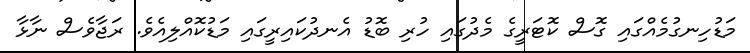
މަޑުހިނގުމެއްގައި ގޮސް ކޮޓަރީގެ މެދުގައި ހުރި ބޮޑު އެނދުކައިރީގައި މަޑުކޮއްލިއެވެ. ރަޖާވެސް ނާޅާ